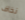
نخاف